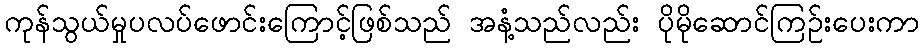
ကုန်သွယ်မှုပလပ်ဖောင်းကြောင့်ဖြစ်သည် အနံ့သည်လည်း ပိုမိုဆောင်ကြဉ်းပေးကာ